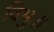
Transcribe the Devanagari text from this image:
विभुः।।